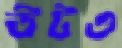
উটও